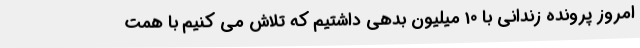
امروز پرونده زندانی با 10 میلیون بدهی داشتیم که تلاش می کنیم با همت